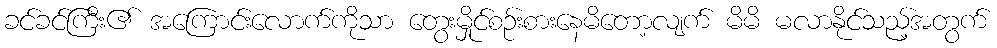
ခင်ခင်ကြီး၏ အကြောင်းလောက်ကိုသာ တွေးမှိုင်စဉ်းစားနေမိတော့လျက် မိမိ မလာနိုင်သည့်အတွက်